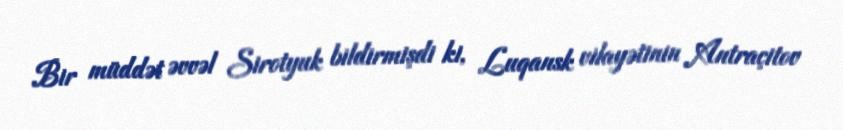
Bir müddət əvvəl Sirotyuk bildirmişdi ki, Luqansk vilayətinin Antraçitov